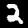
Digit: 2